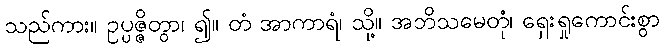
သည်ကား။ ဥပ္ပဇ္ဇိတွာ၊ ၍။ တံ အာကာရံ၊ သို့။ အဘိသမေတုံ၊ ရှေးရှုကောင်းစွာ